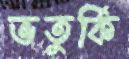
ভতুর্কি